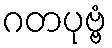
ဂတပုဗ္ဗံ